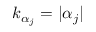
k _ { \alpha _ { j } } = | \alpha _ { j } |